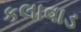
કલાવાડ